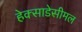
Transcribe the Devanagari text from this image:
हेक्साडेसीमल